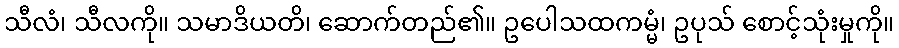
သီလံ၊ သီလကို။ သမာဒိယတိ၊ ဆောက်တည်၏။ ဥပေါသထကမ္မံ၊ ဥပုသ် စောင့်သုံးမှုကို။